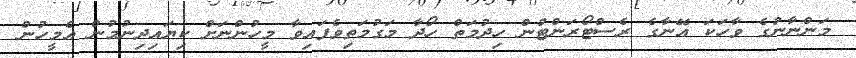
މަންނާނުގެ ވާހަކަ އޭނާގެ ރެސްޓޯރަންޓުން ހިދުމަތް ހޯދާ މަގުމަތިވެފައިވާ މީހުންނަށް ކިޔައިދިނުމުން އެމީހުން